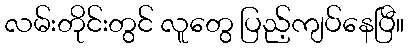
လမ်းတိုင်းတွင် လူတွေ ပြည့်ကျပ်နေပြီ။